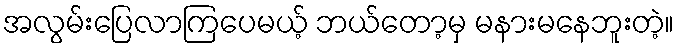
အလွမ်းပြေလာကြပေမယ့် ဘယ်တော့မှ မနားမနေဘူးတဲ့။